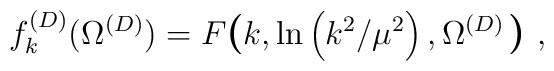
f^{(D)}_{k}(\Omega^{({D})})=F\mbox{\boldmath\large  $\left(  \right.$ } \! \! \! k,\ln \left(k^{2}/\mu^{2} \right)   ,\Omega^{({D})}\mbox{\boldmath\large  $\left.  \right)$ } \! \!\;  ,